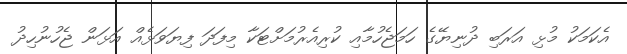
އެކަމަކު މުޅި އަރަބި ދުނިޔޭގެ ހަމަޖެހުމާއި ކުރިއެރުމަށްޓަކާ މިފަދަ ފިޔަވަޅެއް އަޅަން ޖެހުނުހިދު